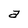
Character: a